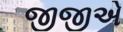
જીજીએ